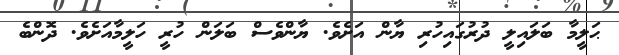
ޙަލީމާ ބަލައިލީ ދުރުގައިހުރި ޔާން އަށެވެ. ޔާންވެސް ބަލަން ހުރީ ހަލީމާއަށެވެ. ދޮންބެ